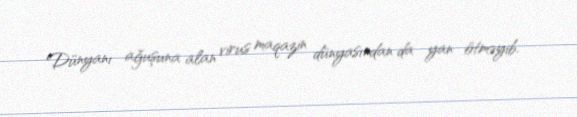
Dünyanı ağuşuna alan virus maqazin dünyasından da yan ötməyib.